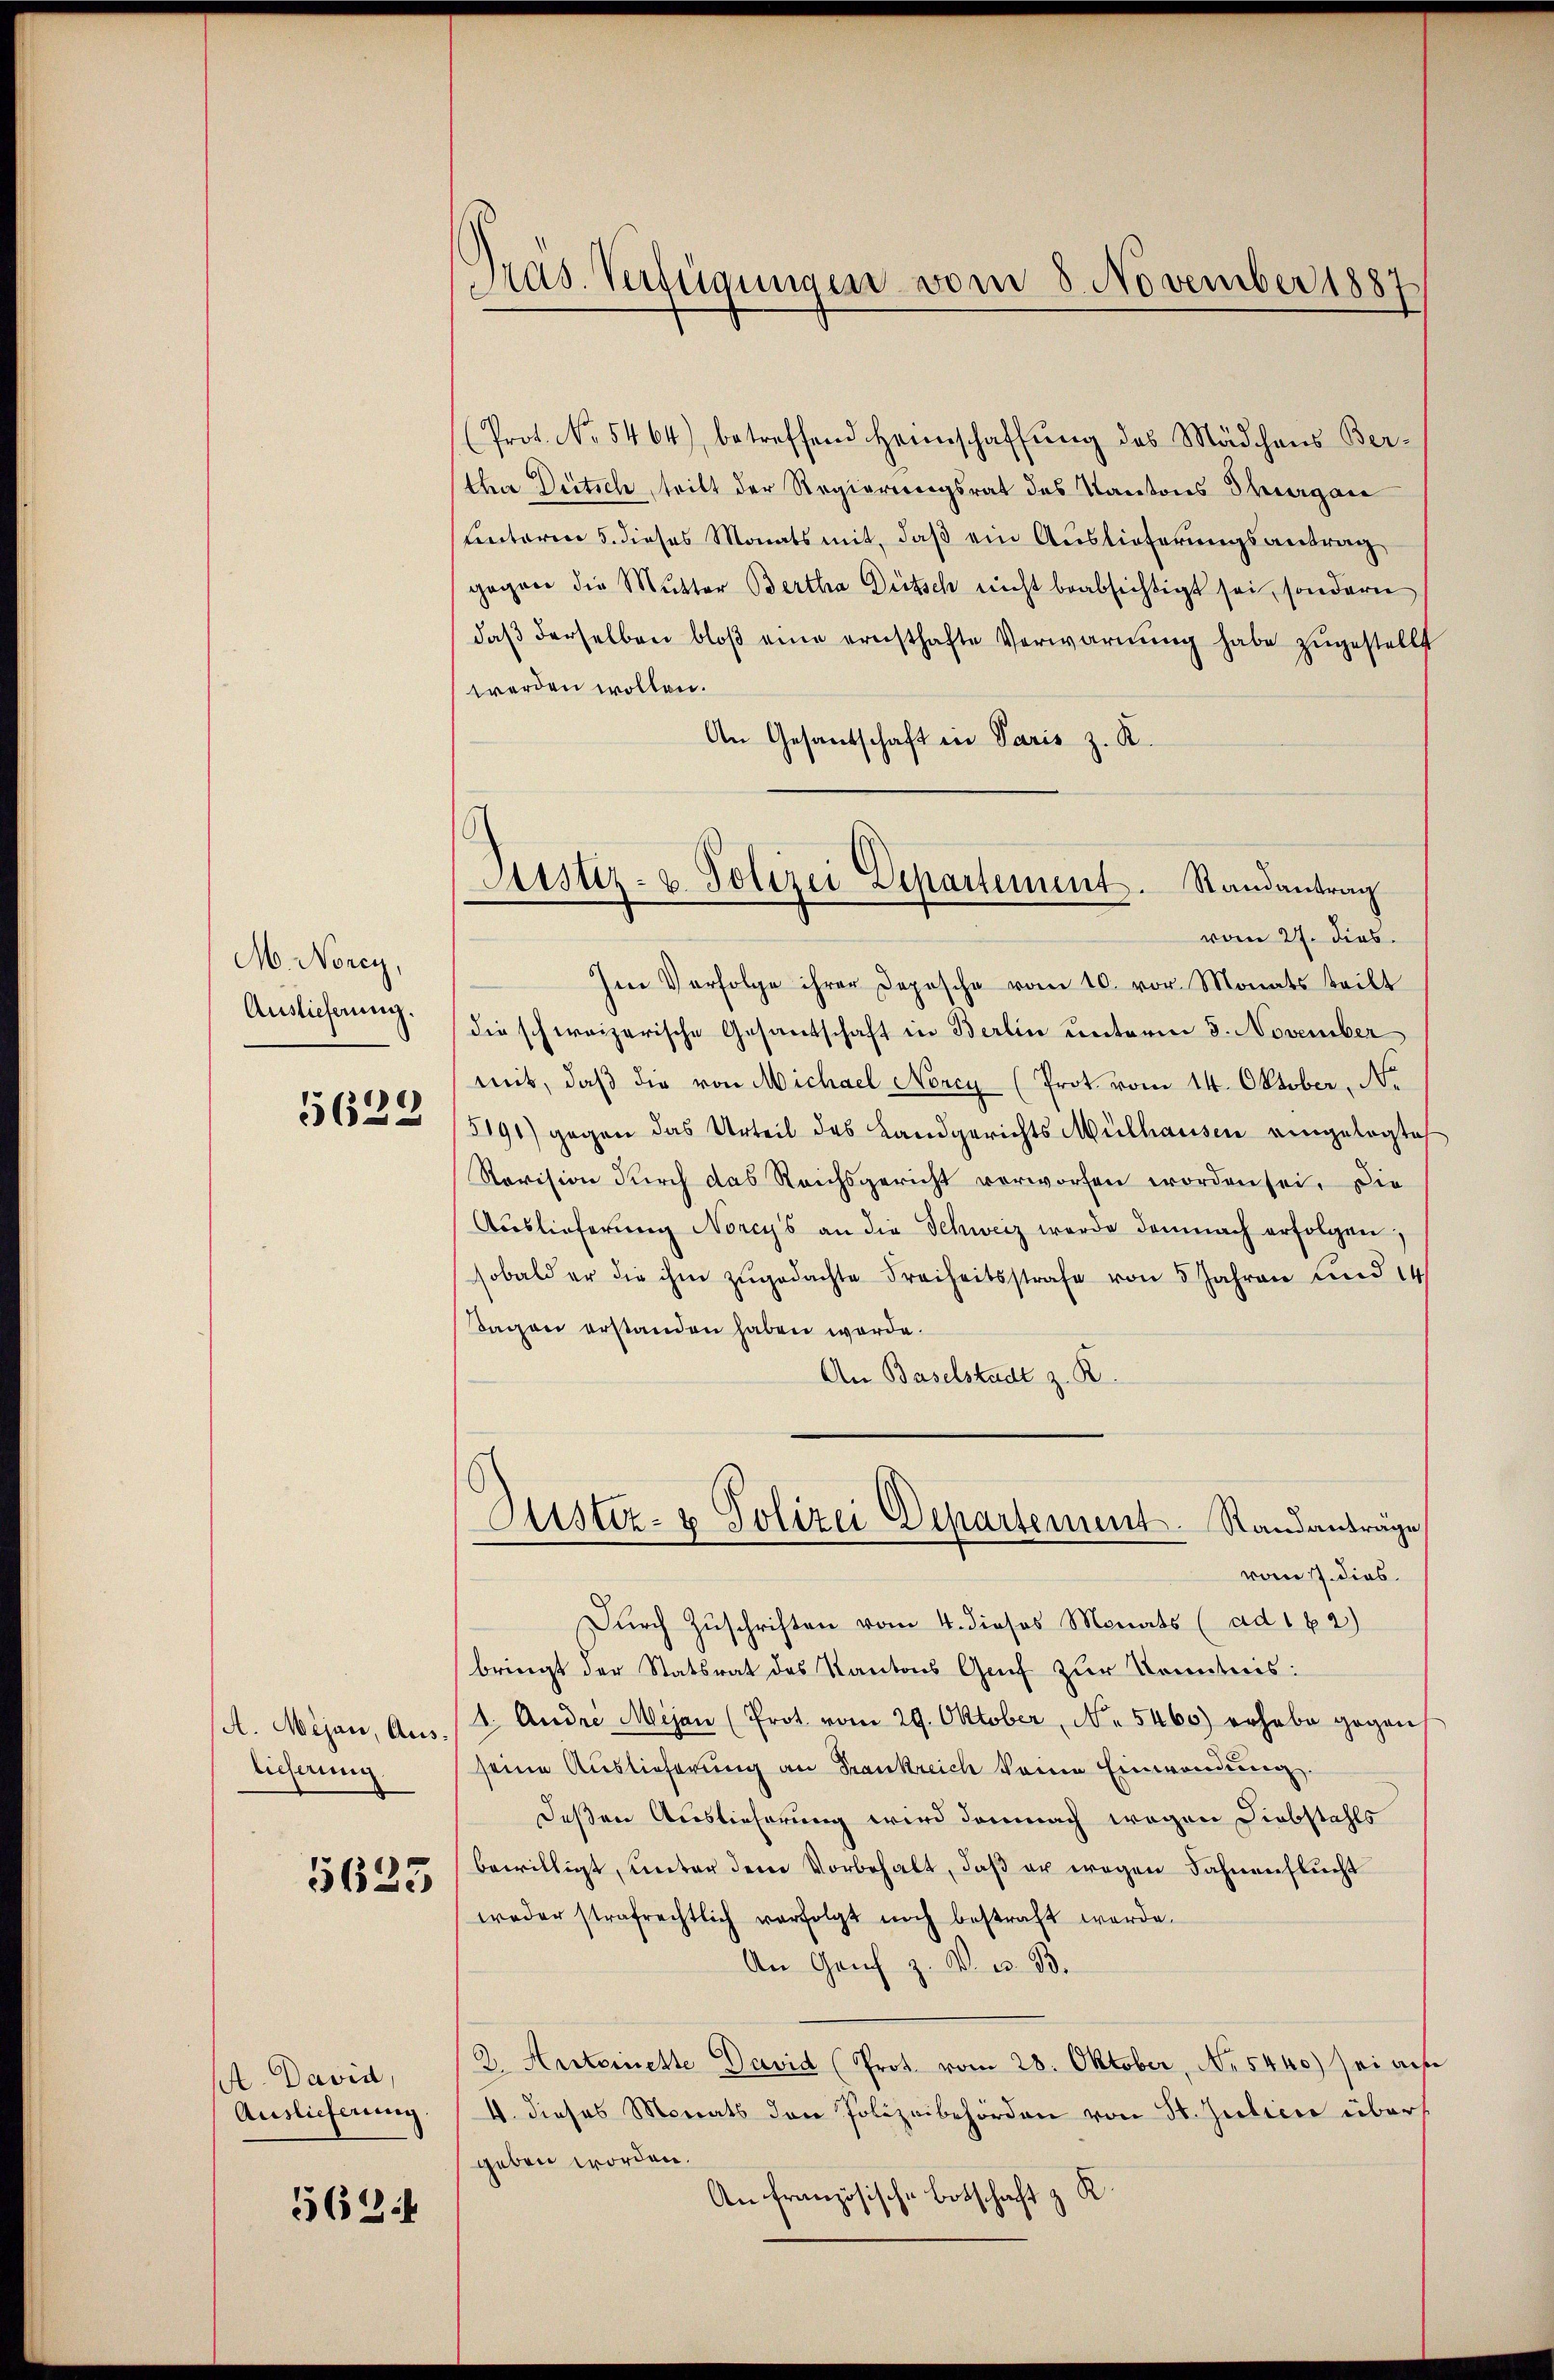
M. Norey,
Auslieferung.
5629

A. Mijan, Auslieferung.

5623

A. David,
Auslieferung.

5624

Pras. Verfügungen vom 8. November 1887

Justiz- u. Polizei Departement. Randantrag
vom 27. dies

(Prot. No 5464), betreffend Heimschaffŭng des Mädchens Ber-
thea Dütsch, teilt der Regierungsrat des Kantons Thorgane
ventaren 5. dieses Monats mit, daβ ein Auslieferungsantrag
gegen die Mutter Bertha Dütsch nicht beabsichtigt sei, sondern
daβ derselben bloβ eine ernsthafte Verwarnung habe zugestellt
werden wollen.
An Gesantschaft in Paris z. R.
Im Verfolge ihrer Depesche vom 10. vor. Monats teilt
die schweizerische Gesantschaft in Berlin unterm 5. November
mit, daß die von Michael Noncy (Prot. vom 14. Oktober, No.
5191) gegen das Urteil des Landgerichts Mülhausen eingelegte
Revision durch das Reichsgericht vorworfen worden sei. Die
Auslieferung Norcy's an die Schweiz werde demnach erfolgen
sobald er die ihm zŭgedachte Freiheitsstrafe von 5 Jahren und 14
Tagen erstanden haben werde.
An Baselstadt z. B.
Justiz- & Polizei Departement. Standanträge
vom 7. dies
Durch Zuschriften vom 4. dieses Monats (ad 162)
bringt der Statsrat des Kantons Genf zur Kenntnis:
1. Andre Mijan (Prot vom 29. Oktober, No 5460) erhabe gegen
seine Auslieferung an Frankreich keine Einwendung.
deßen Auslieferung wird demnach wegen Diebstahls
bewilligt, unter dem Vorbehalt, daß er wegen Fahnenflucht
weder strafrechtlich verfolgt noch bestraft werde.
An Genf z. B. es. B.
2. Antoinette David (Prot. vom 28. Oktober, No. 5440) sei aus
4. dieses Monats den Polizeibehörden von St. Gubicae übers
geben worden.
An französische Botschaft z. R.